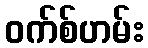
ဝက်စ်ဟမ်း